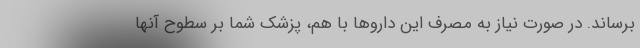
برساند. در صورت نیاز به مصرف این داروها با هم، پزشک شما بر سطوح آنها